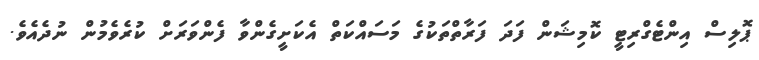
ޕޮލިސް އިންޓެގްރިޓީ ކޮމިޝަން ފަދަ ފަރާތްތަކުގެ މަސައްކަތް އެކަށީގެންވާ ފެންވަރަށް ކުރެވެމުން ނުދެއެވެ.